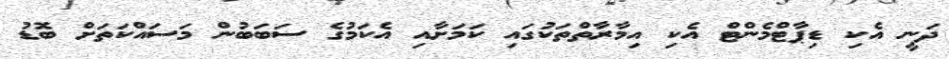
ދަނީ އެކި ޑިޕާޓްމެންޓް އެކި އިމާރާތްތަކުގައި ކަމަށާއި އެކަމުގެ ސަބަބުން މަސައްކަތަށް ބޮޑު